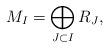
LaTeX: \begin{align*}M_{I} = \bigoplus_{J\subset I} R_{J},\end{align*}